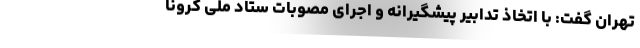
تهران گفت: با اتخاذ تدابیر پیشگیرانه و ‌اجرای مصوبات ستاد ملی کرونا